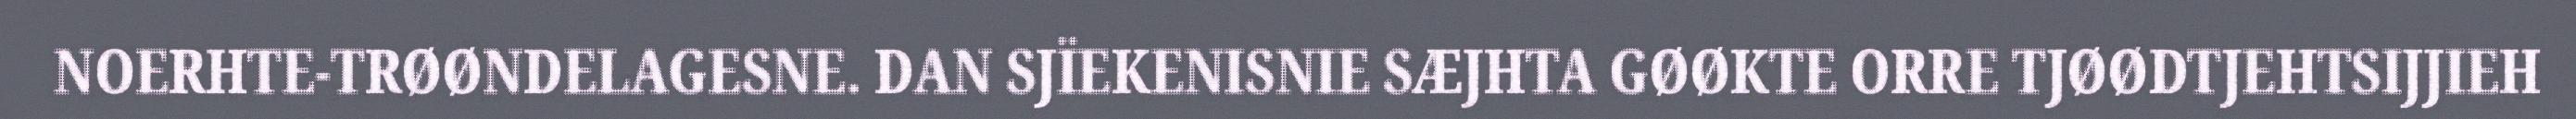
NOERHTE-TRØØNDELAGESNE. DAN SJÏEKENISNIE SÆJHTA GØØKTE ORRE TJØØDTJEHTSIJJIEH